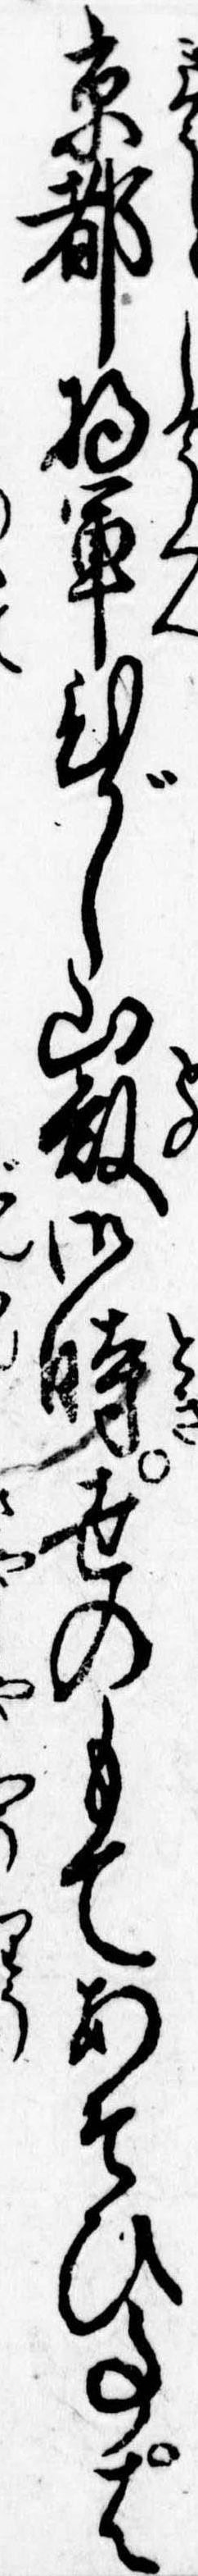
京都将軍ひがし山殿御時世のもてあそひ事は